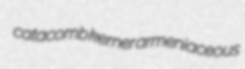
catacomb kerner armeniaceous